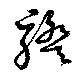
騤